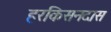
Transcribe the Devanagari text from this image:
हरकिसनदास